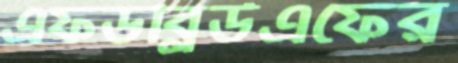
এফডব্লিউএফের